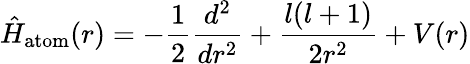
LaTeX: \hat{H}_{\mathrm{atom}}(r)=-\frac 12{\frac{d^{2}}{dr^{2}}}+{\frac{l(l+1)}{2r^{2}}}+V(r)